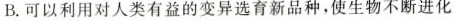
B.可以利用对人类有益的变异选育新品种，使生物不断进化